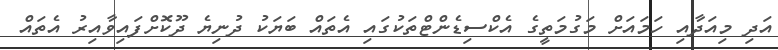
އަދި މިއަދާއި ހަމައަށް މަގުމަތީގެ އެކްސިޑެންޓްތަކުގައި އެތައް ބަޔަކު ދުނިޔެ ދޫކޮށްފައިވާއިރު އެތައް